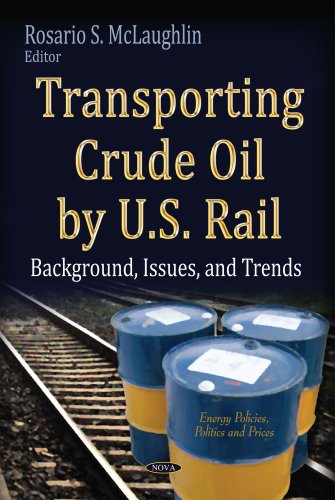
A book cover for Transporting Crude Oil by U.S. Rail: Background, Issues, and Trends (Energy Policies, Politics and Prices); Business & Money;